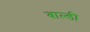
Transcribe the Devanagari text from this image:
बाल्डी